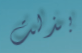
بذلت